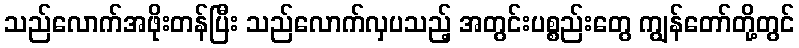
သည်လောက်အဖိုးတန်ပြီး သည်လောက်လှပသည့် အတွင်းပစ္စည်းတွေ ကျွန်တော်တို့တွင်